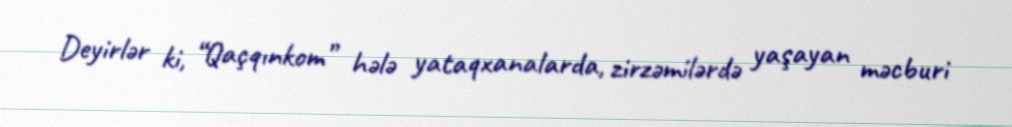
Deyirlər ki, “Qaçqınkom” hələ yataqxanalarda, zirzəmilərdə yaşayan məcburi